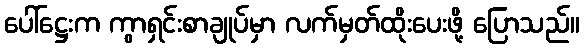
ပေါ်ဋ္ဌေးက ကွာရှင်းစာချုပ်မှာ လက်မှတ်ထိုးပေးဖို့ ပြောသည်။